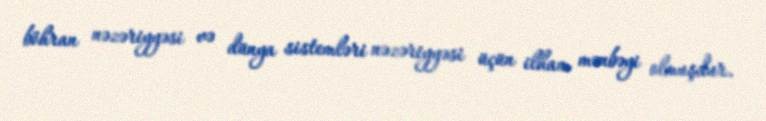
böhran nəzəriyyəsi və dünya sistemləri nəzəriyyəsi üçün ilham mənbəyi olmuşdur.